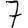
Digit: 7